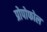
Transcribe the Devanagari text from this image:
प्रोपोफोल